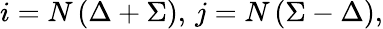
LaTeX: i=N\left(\Delta+\Sigma\right),\thinspace j=N\left(\Sigma-\Delta\right),